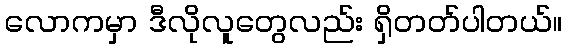
လောကမှာ ဒီလိုလူတွေလည်း ရှိတတ်ပါတယ်။